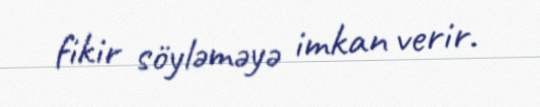
fikir söyləməyə imkan verir.